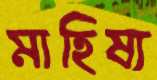
মাহিষ্য